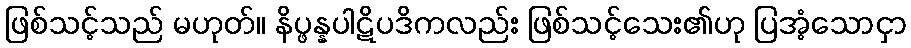
ဖြစ်သင့်သည် မဟုတ်။ နိပ္ဖန္နပါဋိပဒိကလည်း ဖြစ်သင့်သေး၏ဟု ပြအံ့သောငှာ